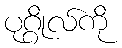
ပုဂ္ဂိုလ်ကို